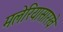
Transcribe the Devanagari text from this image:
मलेरियासारखे